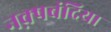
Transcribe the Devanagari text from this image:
नक़्षबंदिया